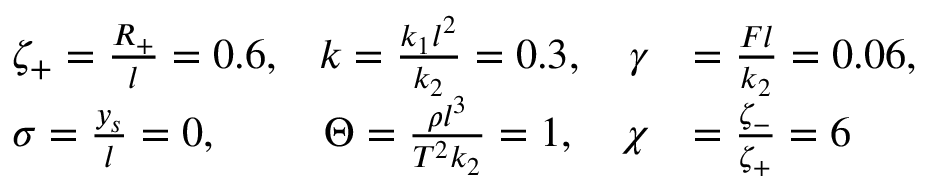
\begin{array} { r l r l } & { \zeta _ { + } = \frac { R _ { + } } { l } = 0 . 6 , } & { k = \frac { k _ { 1 } l ^ { 2 } } { k _ { 2 } } = 0 . 3 , \quad \gamma } & { = \frac { F l } { k _ { 2 } } = 0 . 0 6 , } \\ & { \sigma = \frac { y _ { s } } { l } = 0 , } & { \Theta = \frac { \rho l ^ { 3 } } { T ^ { 2 } k _ { 2 } } = 1 , \quad \chi } & { = \frac { \zeta _ { - } } { \zeta _ { + } } = 6 } \end{array}